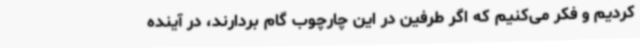
کردیم و فکر می‌کنیم که اگر طرفین در این چارچوب گام بردارند، در آینده